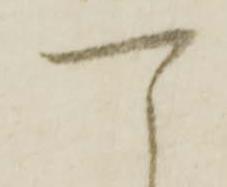
可